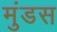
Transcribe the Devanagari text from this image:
मुंडस